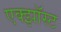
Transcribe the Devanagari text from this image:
एक्झॉस्ट